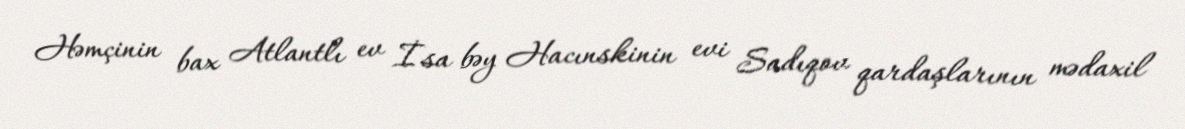
Həmçinin bax Atlantlı ev İsa bəy Hacınskinin evi Sadıqov qardaşlarının mədaxil